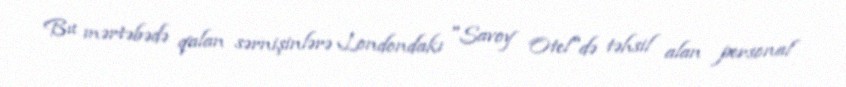
Bu mərtəbədə qalan sərnişinlərə Londondakı "Savoy Otel"də təhsil alan personal